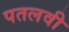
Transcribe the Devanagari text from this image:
पतलवी